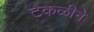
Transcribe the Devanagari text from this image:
टकळीने